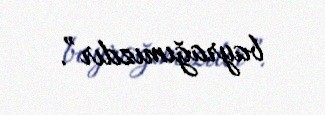
bayrağımızdır”.